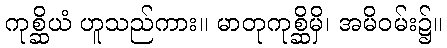
ကုစ္ဆိယံ ဟူသည်ကား။ မာတုကုစ္ဆိမှိ၊ အမိဝမ်း၌။